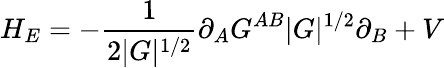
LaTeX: H_{E}=-\frac{1}{2|G|^{1/2}}\partial_{A}G^{AB}|G|^{1/2}\partial_{B}+V